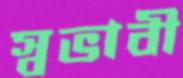
স্বভাবী